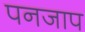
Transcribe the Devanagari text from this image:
पनजाप